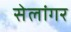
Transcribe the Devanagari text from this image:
सेलांगर